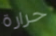
حرارة